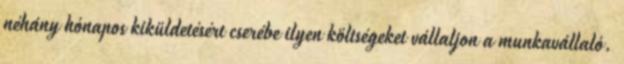
néhány hónapos kiküldetésért cserébe ilyen költségeket vállaljon a munkavállaló.